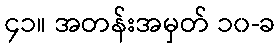
၄၁။ အတန်းအမှတ် ၁၀-ခ